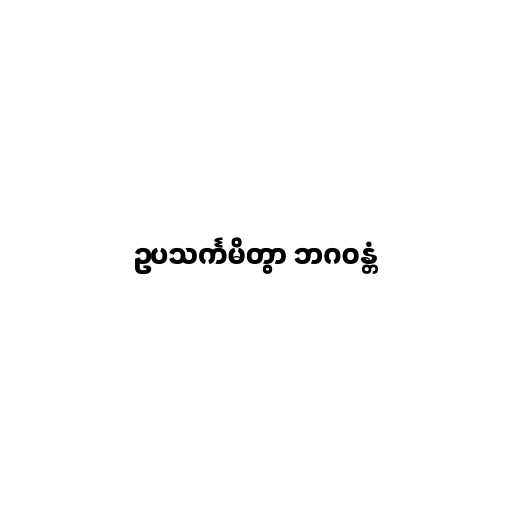
ဥပသင်္ကမိတွာ ဘဂဝန္တံ